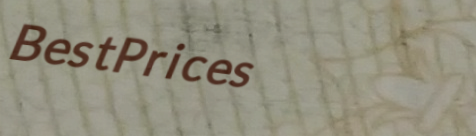
BestPrices